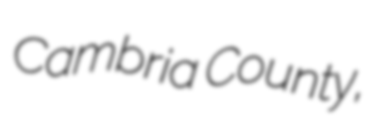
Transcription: Cambria County,